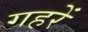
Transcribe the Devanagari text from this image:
गहरें